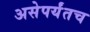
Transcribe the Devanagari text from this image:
असेपर्यंतच